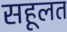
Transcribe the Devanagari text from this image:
सहूलत